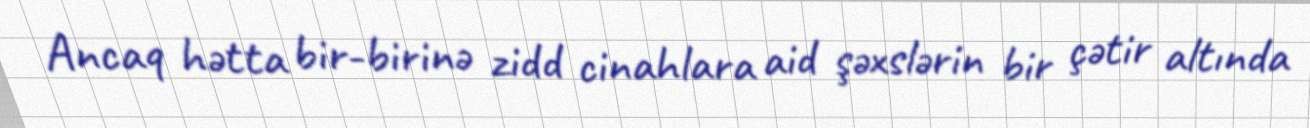
Ancaq hətta bir-birinə zidd cinahlara aid şəxslərin bir çətir altında